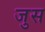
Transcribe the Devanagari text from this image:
जुस